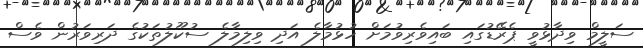
ސަލީމް ވިދާޅުވީ ޕެރޭޑުގައި ބައިވެރިވުމަށް ހުޅުމާލެ އަދި ވިލިމާލެ ސުކޫލުތަކުގެ ދަރިވަރުން ވެސް